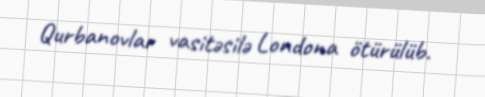
Qurbanovlar vasitəsilə Londona ötürülüb.